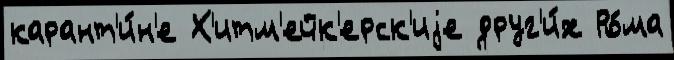
карант'и́н'е Х'итм'ейк'ерск'иjе друг'и́х Ро́ма